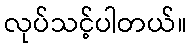
လုပ်သင့်ပါတယ်။